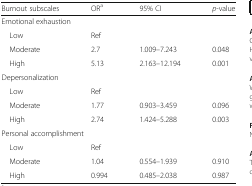
| Burnout subscales | ORa | 95% CI | p-value |
 | --- | --- | --- | --- |
 | <COLSPAN=4> Emotional exhaustion |
 | Low | Ref |  |  |
 | Moderate | 2.7 | 1.009–7.243 | 0.048 |
 | High | 5.13 | 2.163–12.194 | 0.001 |
 | <COLSPAN=4> Depersonalization |
 | Low | Ref |  |  |
 | Moderate | 1.77 | 0.903–3.459 | 0.096 |
 | High | 2.74 | 1.424–5.288 | 0.003 |
 | <COLSPAN=4> Personal accomplishment |
 | Low | Ref |  |  |
 | Moderate | 1.04 | 0.554–1.939 | 0.910 |
 | High | 0.994 | 0.485–2.038 | 0.987 |